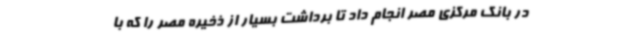
در بانک مرکزی مصر انجام داد تا برداشت بسیار از ذخیره مصر را که با